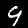
Label: 9